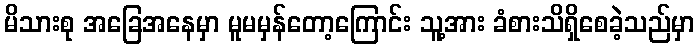
မိသားစု အခြေအနေမှာ မူမမှန်တော့ကြောင်း သူ့အား ခံစားသိရှိစေခဲ့သည်မှာ